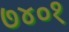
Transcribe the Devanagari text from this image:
७४०१